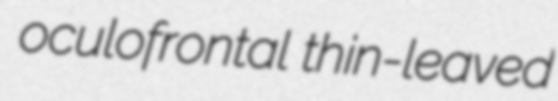
oculofrontal thin-leaved